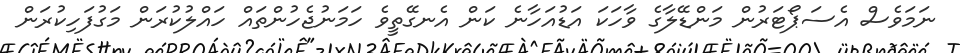
ނަމަވެސް އެސަޕޯޓަރުން މަންޑޭލާގެ ވާހަކަ އަޑުއަހާނެ ކަން އެނގޭތީވެ ހަމަނުޖެހުންތައް ހައްލުކުރަން މަގުފަހިކުރަން